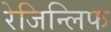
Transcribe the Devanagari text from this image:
रेजिन्लिफ